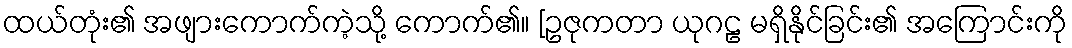
ထယ်တုံး၏ အဖျားကောက်ကဲ့သို့ ကောက်၏။ [ဥဇုကတာ ယုဂဠ မရှိနိုင်ခြင်း၏ အကြောင်းကို